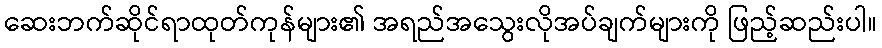
ဆေးဘက်ဆိုင်ရာထုတ်ကုန်များ၏ အရည်အသွေးလိုအပ်ချက်များကို ဖြည့်ဆည်းပါ။